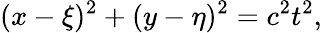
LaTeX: (x-\xi)^{2}+(y-\eta)^{2}=c^{2}t^{2},